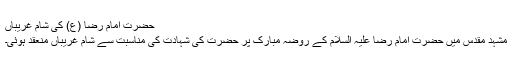
حضرت امام رضا (ع) کی شام غریباں
مشہد مقدس میں حضرت امام رضا علیہ السلام کے روضہ مبارک پر حضرت کی شہادت کی مناسبت سے شام غریباں منعقد ہوئی۔